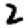
Digit: 2